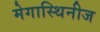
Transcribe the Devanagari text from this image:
मेगास्थिनीज